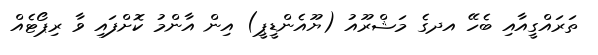
ތަރައްގީއާއި ބެހޭ އދގެ މަޝްރޫއު (ޔޫއެންޑީޕީ) އިން އާންމު ކޮށްފައި ވާ ރިޕޯޓެއް